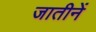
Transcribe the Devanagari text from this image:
जातीनें